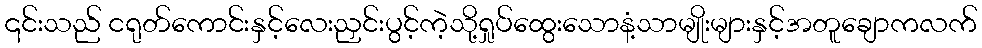
၎င်းသည် ငရုတ်ကောင်းနှင့်လေးညှင်းပွင့်ကဲ့သို့ရှုပ်ထွေးသောနံ့သာမျိုးများနှင့်အတူချောကလက်